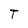
Character: T